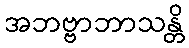
အဘဗ္ဗာဘာသန္တိ